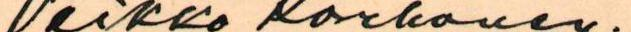
Veikko Korhonen